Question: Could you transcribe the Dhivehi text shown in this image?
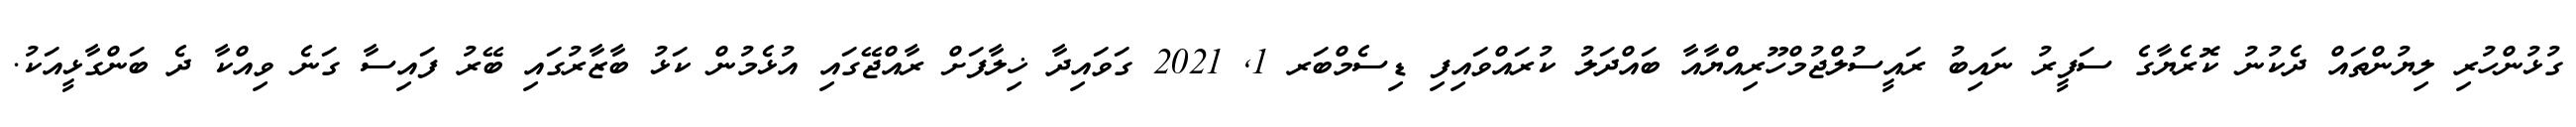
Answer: ގުޅުންހުރި ލިޔުންތައް ދެކުނު ކޮރެޔާގެ ސަފީރު ނައިބު ރައީސުލްޖުމްހޫރިއްޔާއާ ބައްދަލު ކުރައްވައިފި ޑިސެމްބަރ 1, 2021 ގަވައިދާ ޚިލާފަށް ރާއްޖޭގައި އުޅެމުން ކަޅު ބާޒާރުގައި ބޭރު ފައިސާ ގަނެ ވިއްކާ ދެ ބަންގާޅީއަކު.